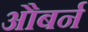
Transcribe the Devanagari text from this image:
औबर्न